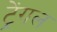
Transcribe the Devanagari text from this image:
ट्रेंगल